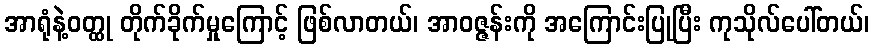
အာရုံနဲ့ဝတ္ထု တိုက်ခိုက်မှုကြောင့် ဖြစ်လာတယ်၊ အာဝဇ္ဇန်းကို အကြောင်းပြုပြီး ကုသိုလ်ပေါ်တယ်၊